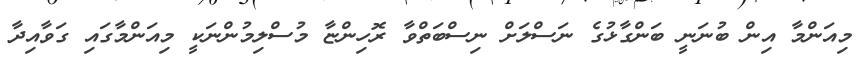
މިއަންމާ އިން ބުނަނީ ބަންގާޅުގެ ނަސްލަށް ނިސްބަތްވާ ރޮހިންޏާ މުސްލިމުންނަކީ މިއަންމާގައި ގަވާއިދާ